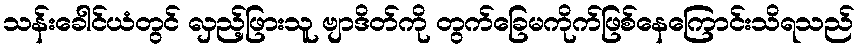
သန်းခေါင်ယံတွင် လှည့်ဖြားသူ ဗျာဒိတ်ကို တွက်ခြေမကိုက်ဖြစ်နေကြောင်းသိရသည်